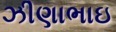
ઝીણાભાઇ